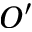
O ^ { \prime }